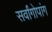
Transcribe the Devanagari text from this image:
सर्वांगोपांग